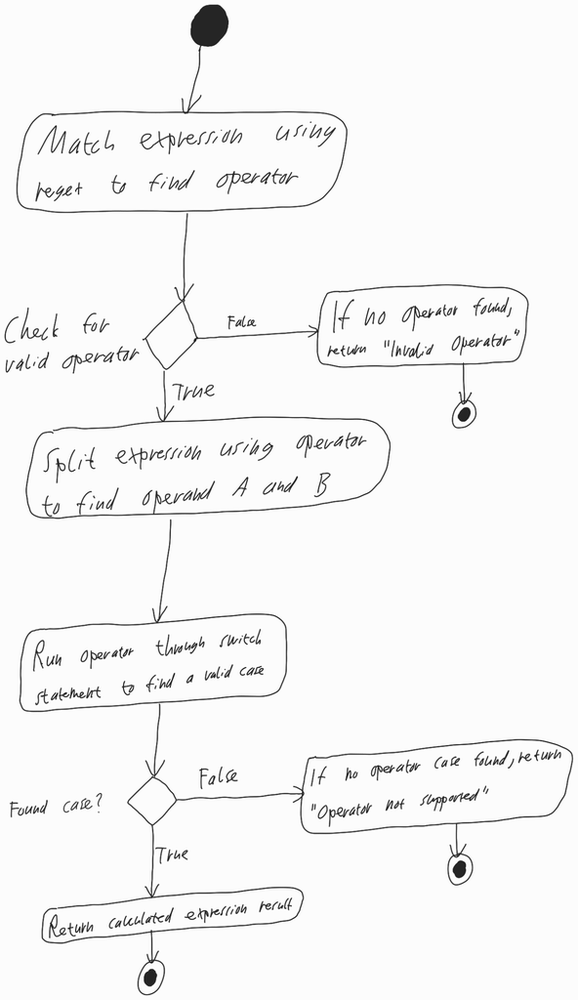
Diagram type: activity_diagram
```plantuml
@startuml

start

:Match expression using regex to find operator;

if (Check for valid operator) then (True)

  :Split expression using operator to find operand A and B;
  :Run operator through switch statement to find a valid case;

  if (Found case?) then (True)
    :Return calculated expression result;
    stop;
  else (False)
    :If no operator case found, return "Operator not supported";
    stop
  endif

else (False)

  :If no operator found, return "Invalid Operator";
  stop

endif

@enduml
```